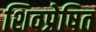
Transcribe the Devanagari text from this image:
शिवप्रेषित